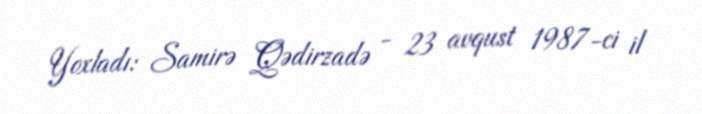
Yoxladı: Samirə Qədirzadə - 23 avqust 1987-ci il